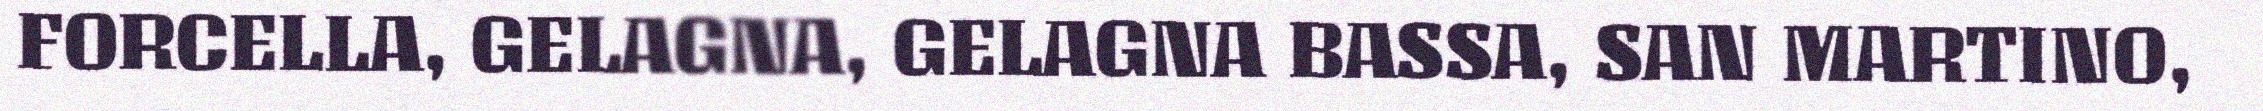
FORCELLA, GELAGNA, GELAGNA BASSA, SAN MARTINO,